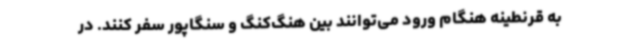
به قرنطینه هنگام ورود می‌توانند بین هنگ‌کنگ و سنگاپور سفر کنند. در